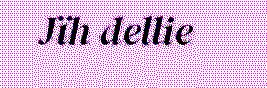
Jïh dellie